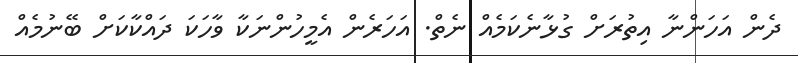
ދެން އަހަންނާ އިތުރަށް ގުޅާނެކަމެއް ނެތް. އަހަރެން އެމީހުންނަކާ ވާހަކަ ދައްކާކަށް ބޭނުމެއް